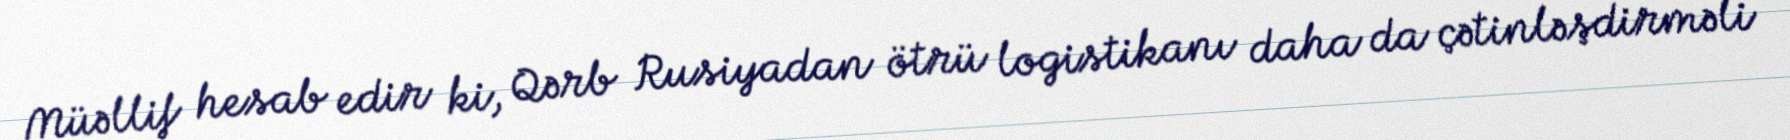
Müəllif hesab edir ki, Qərb Rusiyadan ötrü logistikanı daha da çətinləşdirməli